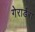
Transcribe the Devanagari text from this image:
गेरार्डरा